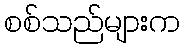
စစ်သည်များက